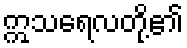
ဣသရေလတို့၏